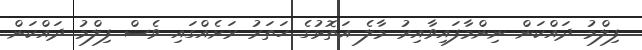
ފިލްމު ދައްކަން ނިންމާފައިވާއިރު މާލެ އަތޮޅުގެ ހަތަރު ރަށެއްގައި ވެސް ފިލްމު ދައްކަން